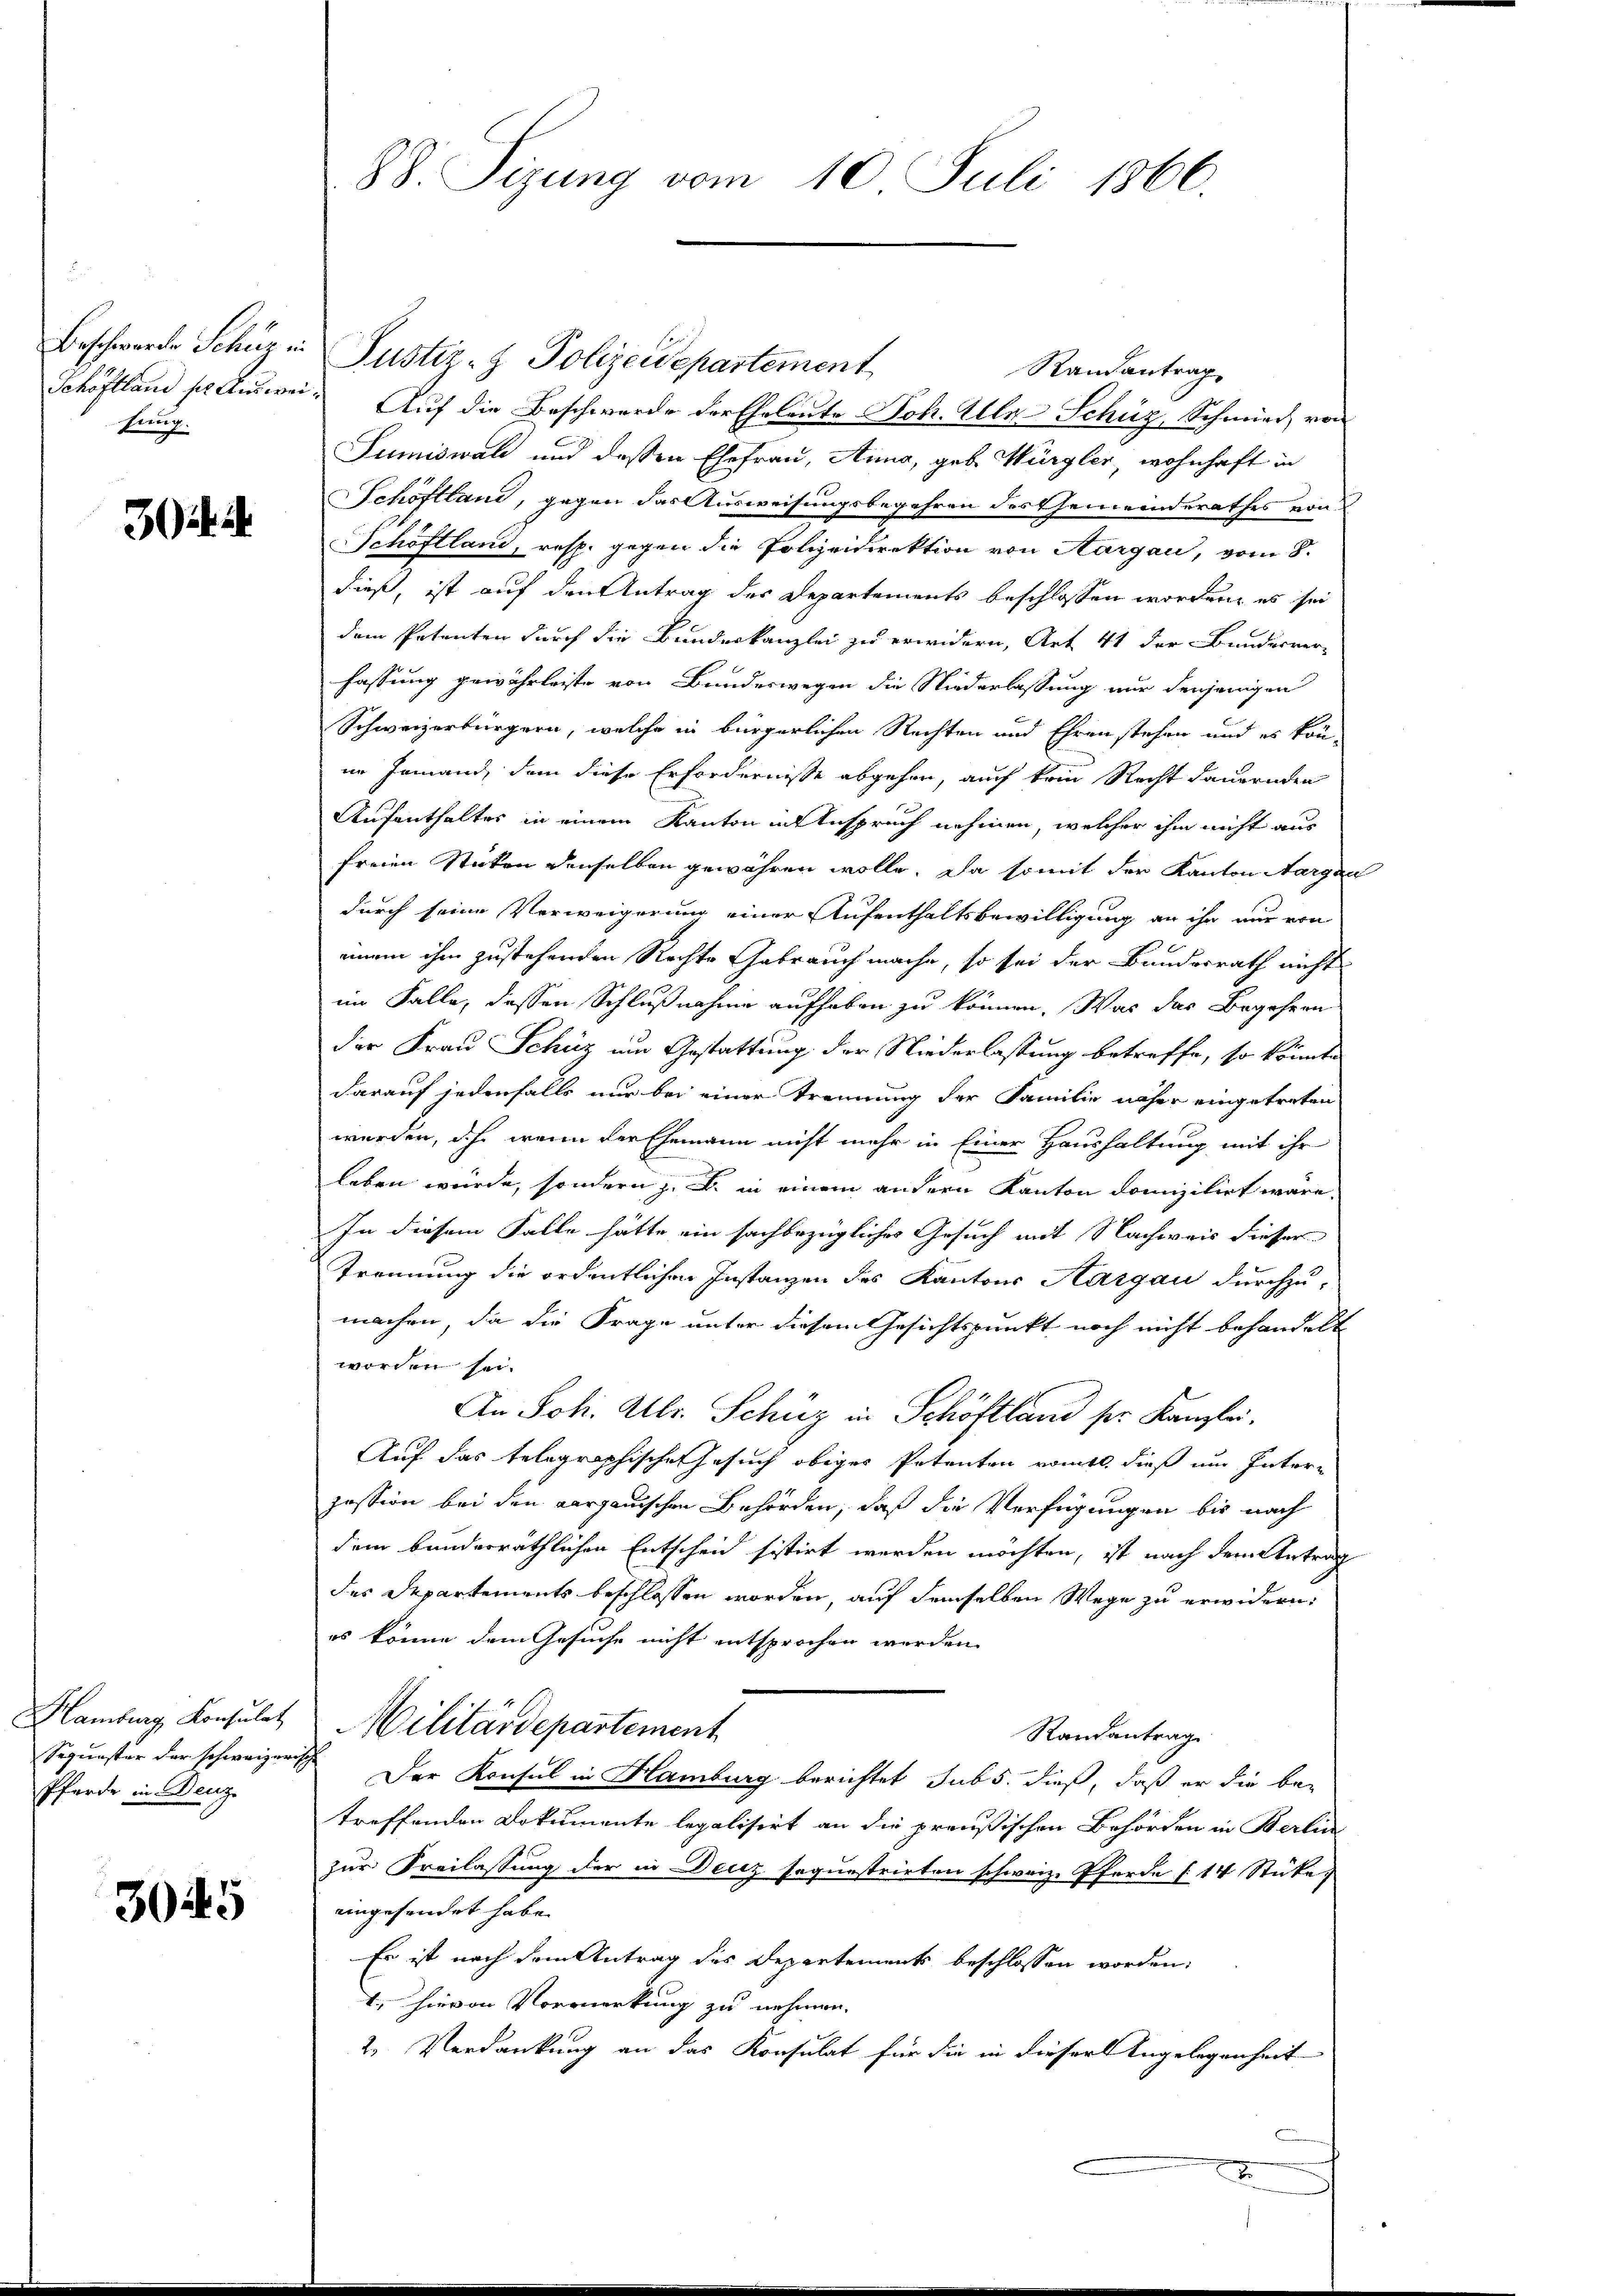
Beschwerden Schüz
Schöftland sie Auswei
kung.

3

Hamburg Konsulat
Pferde in Denz

3045

in Justiz- & Polizeidepartement
Randantrag,
u.Auf die Beschwerde der Eheleute Joh. Alle Schüz, Schmied von
Sumiswald und dessen Ehefrau, Anna, geb. Würgler, wohnhaft in
Schöftland, gegen das Ausweisungsbegehren des Gemeinderathes von
Schöftland, resp. gegen die Polizeidirektion von Aargau, vom 8.
dieß, ist auf den Antrag des Departements beschlossen worden, es sei
dem Petenten durch die Bundeskanzlei zu erwidern, Art 41 der Bundesver-
fassung gewährleiste von Bundeswegen die Niederlassung nur denjenigen
Schweizerbürgern, welche in bürgerlichen Rechten und Ehren stehen und es könin Jemand, dem diese Erfordernisse abgehen, auch kein Recht dauernden
Aufenthaltes in einem Kanton in Anspruch nehmen, welcher ihm nicht aus
freien Stücken denselben gewähren wolle. Da somit der Kanton Aargau
durch seine Verweigerung einer Aufenthaltsbewilligung an ihr nur von
einem ihm zustehenden Rechte Gebrauch mache, so sei der Bundesrath nicht
im Falle, dessen Schlußnahme aufhaben zu können. Was das Begehren
der Frau Schüz um Gestattung der Niederlassung betreffe, so könnte
darauf jedenfalls nur bei einer Trennung der Familie näher eingetreten
werden, dch wenn der Ehemann nicht mehr in Einer Haushaltung mit ihr
leben würde, sondern z. B. in einem andern Kanton domizilirt wäre.
In diesem Falle hätte ein sachbezügliches Gesuch mit Nachweis dieser
Trennung die ordentlichen Instanzen des Kantons Aargau durchzu-
machen, da die Frage unter diesem Gesichtspunkt noch nicht behandelt
worden sei.
An Joh. Ulr. Schüz in Schöftland sr. Kanzlei.
Auf das telegraphische Gesuch obiges Petenten womit, dieß um Interpession bei den aargauischen Behörden, daß die Verfügungen bis nach
dem bunderräthlichen Entscheid sistirt werden möchten, ist nach dem Antrag
des Departements beschlossen worden, auf demselben Wege zu erwidern:
es könne dem Gesuche nicht entsprochen werden.
Militärdepartement
Randantrag
Sequester der schweizerische Der Konsul in Hamburg berichtet sub 5. dieß, daß er die betreffenden Dokumente legalisirt an die preußischen Behörden in Berlin
zur Freilassung der in Decz sequestrirten schweiz. Pferde (14 Stücke)
eingesondet habe.
Es ist nach dem Antrag des Departements beschlossen worden,
1., hievon Vormerkung zu nehmen.
2. Verdankung an das Konsulat für die in dieser Angelegenheit
x

88. Sizung vom 10. Juli 1866.